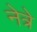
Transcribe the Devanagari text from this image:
नेत्रे